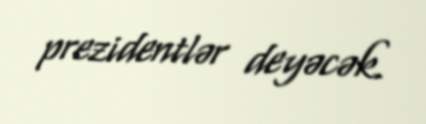
prezidentlər deyəcək.